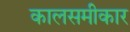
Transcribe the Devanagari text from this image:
कालसमीकार